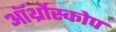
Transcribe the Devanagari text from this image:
ऑर्थ्रोस्कोप